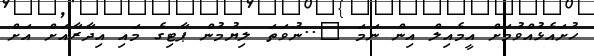
ހުށައެޅުއްވުމަށް އީމެއިލް އިން ނަމަ @..ނުވަތަ ލިޔުމުން ޕާޓިގެ މައި އިދާރާއަށް އަށް